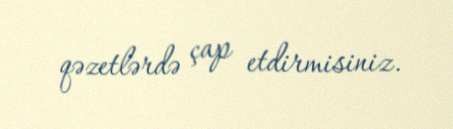
qəzetlərdə çap etdirmisiniz.